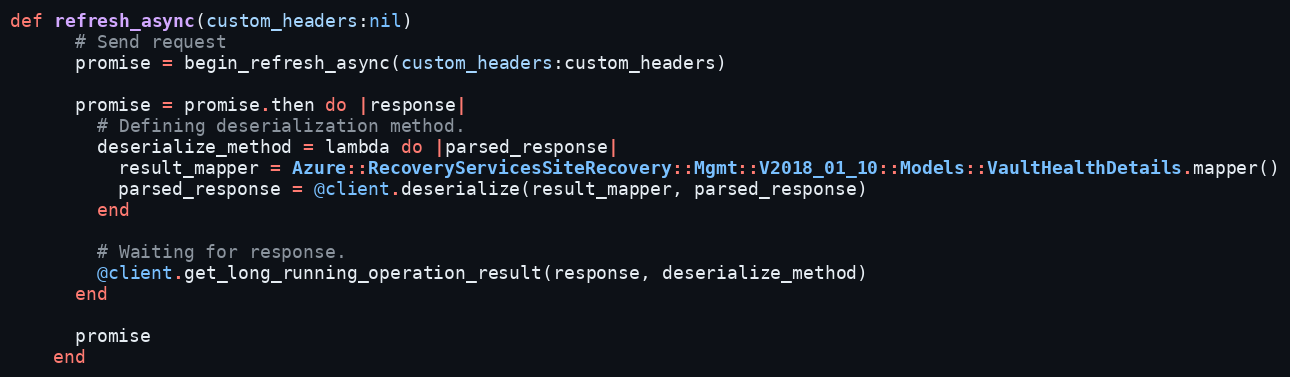
Language: Ruby
def refresh_async(custom_headers:nil)
      # Send request
      promise = begin_refresh_async(custom_headers:custom_headers)

      promise = promise.then do |response|
        # Defining deserialization method.
        deserialize_method = lambda do |parsed_response|
          result_mapper = Azure::RecoveryServicesSiteRecovery::Mgmt::V2018_01_10::Models::VaultHealthDetails.mapper()
          parsed_response = @client.deserialize(result_mapper, parsed_response)
        end

        # Waiting for response.
        @client.get_long_running_operation_result(response, deserialize_method)
      end

      promise
    end